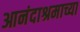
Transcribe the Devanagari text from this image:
आनंदाश्रमाच्या